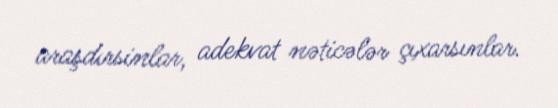
araşdırsinlar, adekvat nəticələr çıxarsınlar.